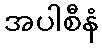
အပါစီနံ